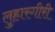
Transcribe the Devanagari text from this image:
लुहारगीरी